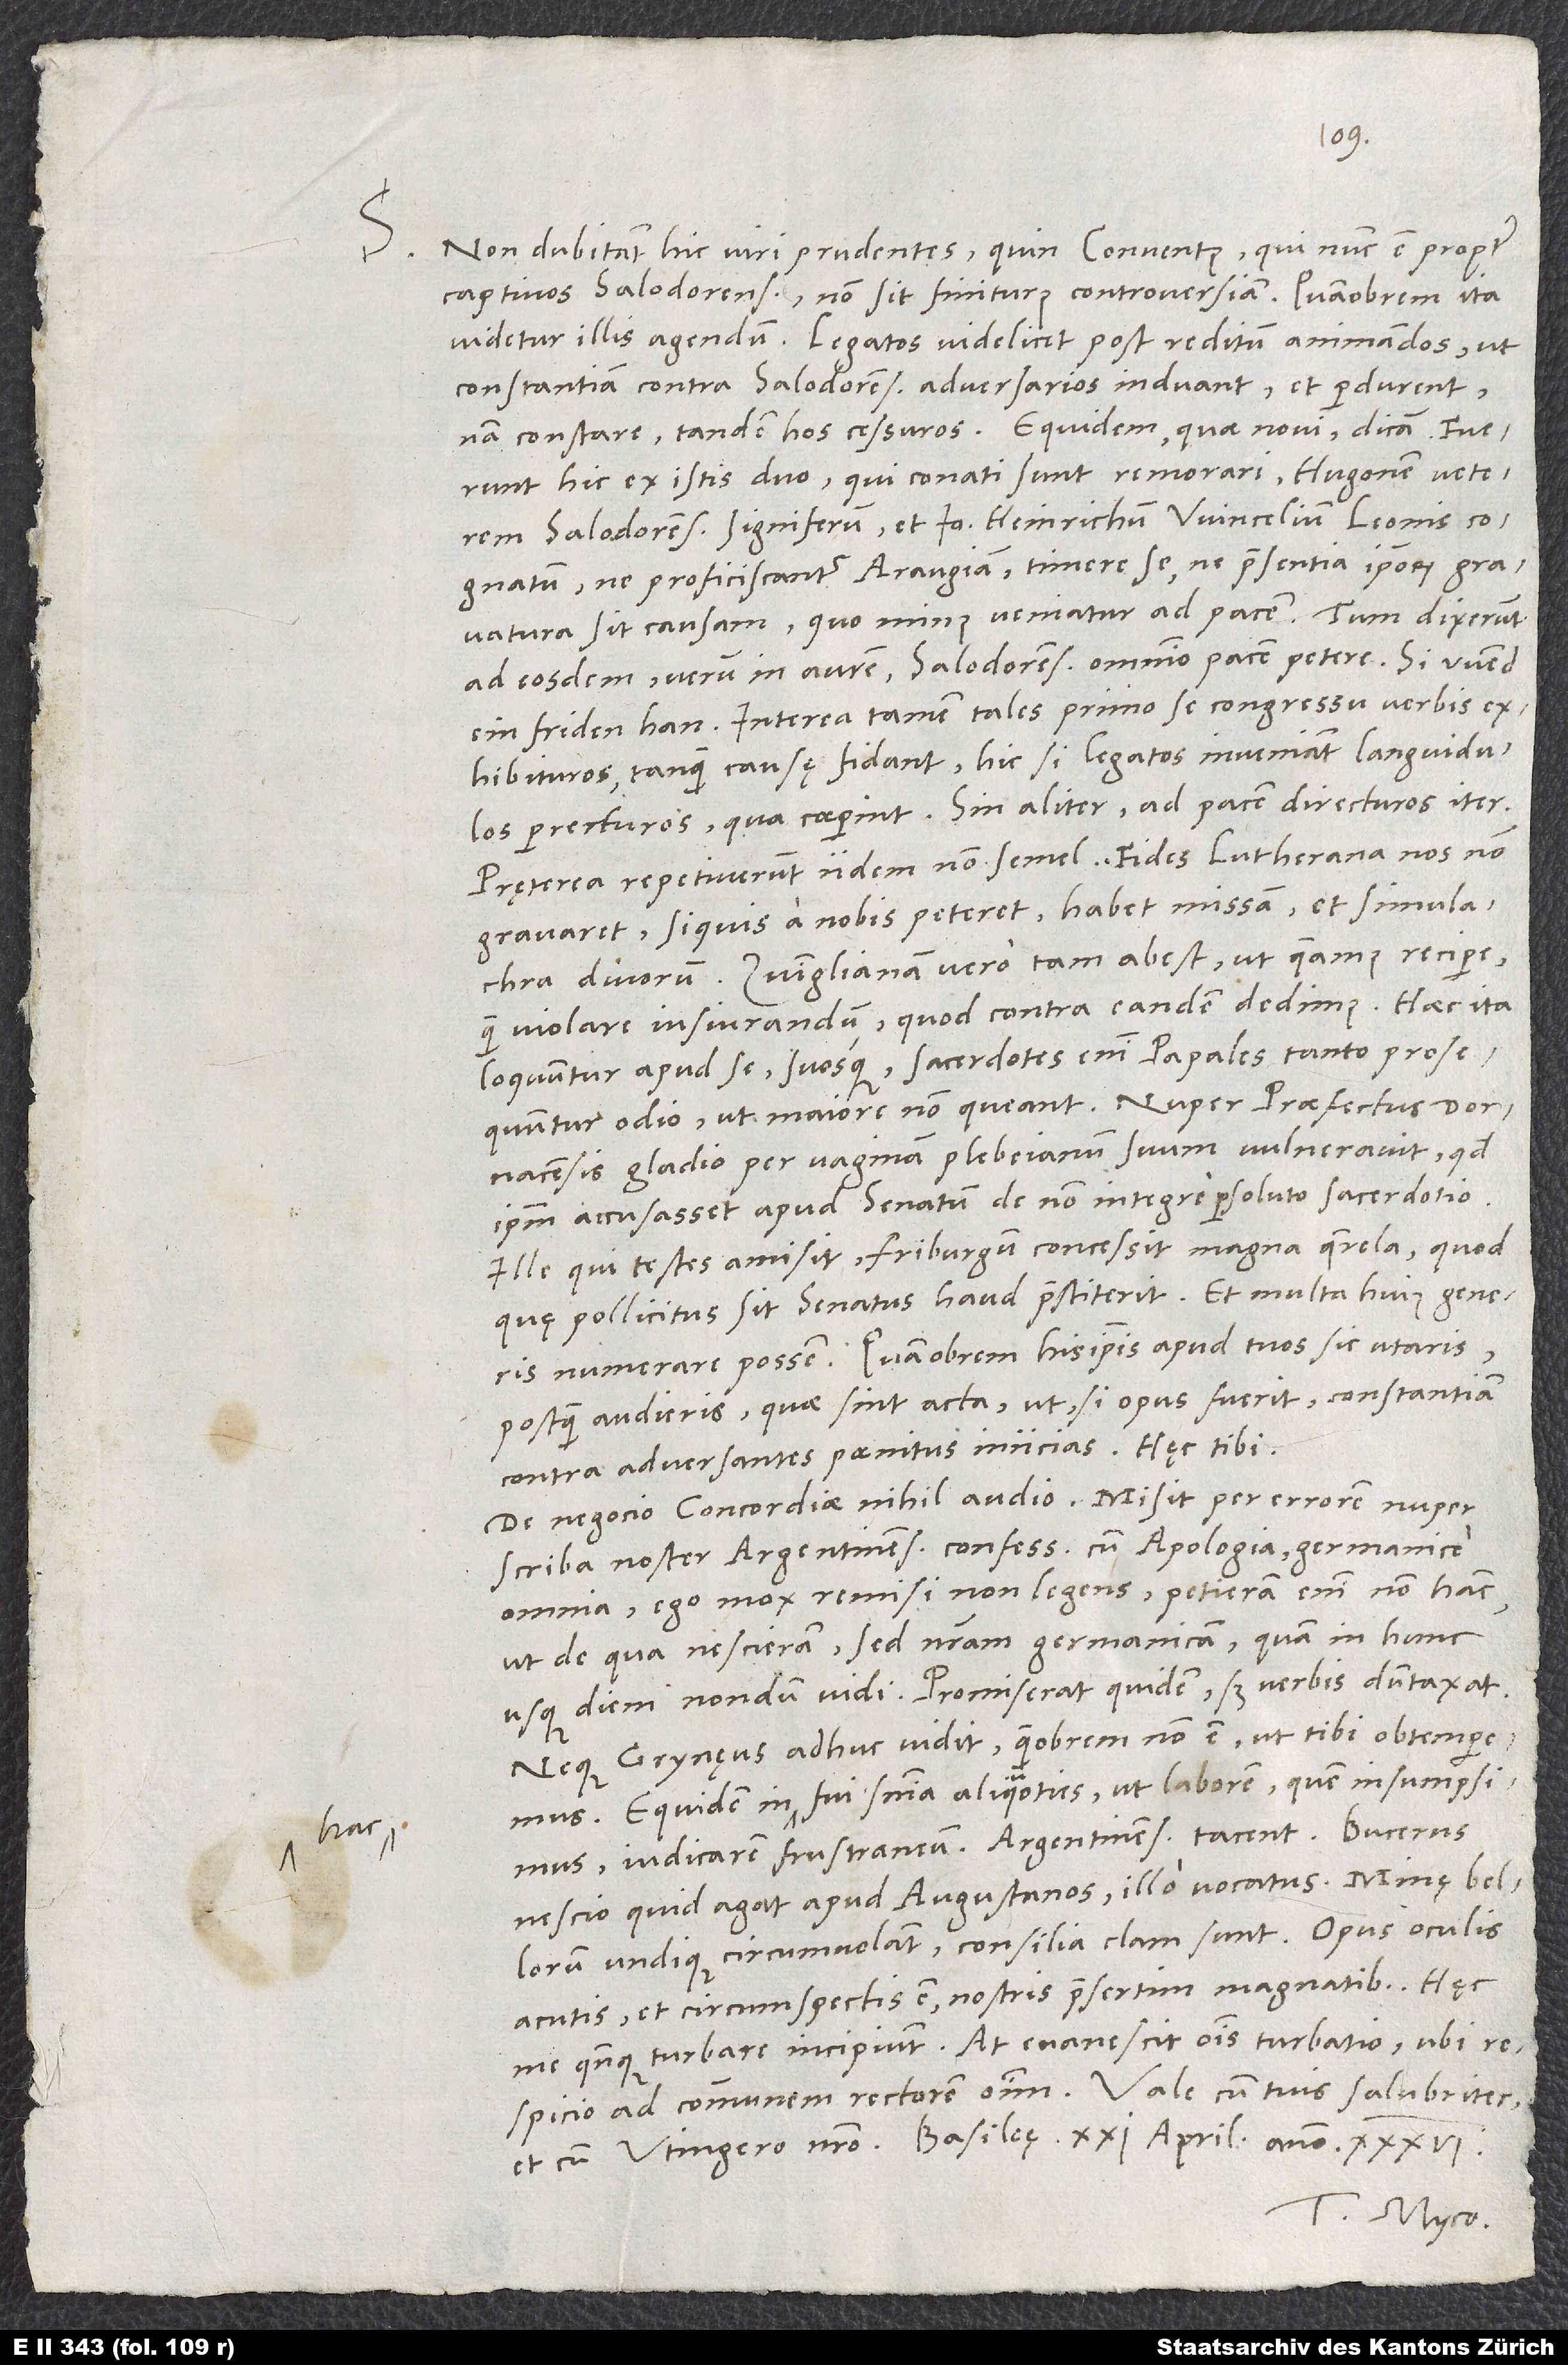
Non dubitant hic viri prudentes, quin conventus, qui nunc est propter
captivos Salodorenses, non sit finiturus controversiam. Quamobrem ita
videtur illis agendum: Legatos videlicet post reditum animandos, ut
constantiam contra Salodorenses adversarios induant et perdurent;
nam constare tandem hos cessuros. Equidem, quae novi, dicam: Fuerunt
hic ex istis duo, qui conati sunt remorari Hugonem, veterem
ipsum acusasset apud senatum de non integre persoluto sacerdotio.
Ille, qui testes amisit, Friburgum concessit magna querela, quod,
quę pollicitus sit senatus, haud praestiterit. Et multa huius generis
S.
numerare possem. Quamobrem his ipsis apud tuos sic utaris,
postquam audieris, quae sint acta, ut, si opus fuerit, constantiam
contra adversantes paenitus iniicias. Haec tibi.
De negocio concordiae nihil audio. Misit per errorem nuper
scriba noster Argentinens confessionem cum apologia, Germanice
omnia. Ego mox remisi non legens; petieram enim non hanc,
ut de qua nescieram, sed nostram Germanicam, quam in hunc
usque diem nondum vidi. Promiserat quidem, sed verbis duntaxat.
Neque Grynęus adhuc vidit, quamobrem non est, ut tibi obtemperemus.
Equidem in hac fui sententia aliquoties, ut laborem, quem insumpsimus,
iudicarem frustraneum. Argentinenses tacent. Bucerus
nescio quid agat apud Augustanos illo vocatus. Minę bellorum
undique circumvolant; consilia clam sunt. Opus oculis
acutis et circumspectis est, nostris praesertim magnatibus. Haec
me quandoque perturbare incipiunt. At evanescit omnis turbatio, ubi
Tuus Myco.